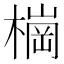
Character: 𣙋